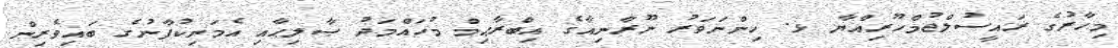
މިހާރުގެ ރައީސުލްޖުމްހޫރިއްޔާ ޅ. ހިންނަވަރު ނޫރާނިއާގެ އިބްރާޙިމް މުހައްމަދު ޞާލިޙާއި އެމަނިކުފާނުގެ ބައިވެރިން